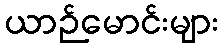
ယာဉ်မောင်းများ